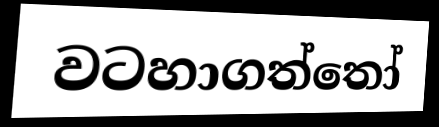
වටහාගත්තෝ